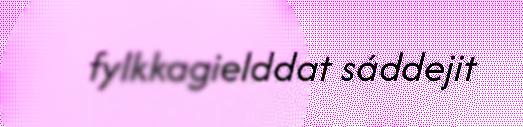
fylkkagielddat sáddejit